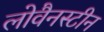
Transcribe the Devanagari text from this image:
लोवैनस्टीन